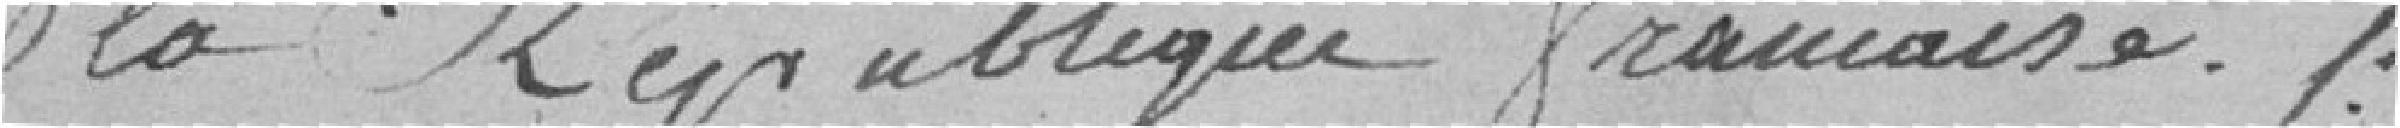
la République Française.